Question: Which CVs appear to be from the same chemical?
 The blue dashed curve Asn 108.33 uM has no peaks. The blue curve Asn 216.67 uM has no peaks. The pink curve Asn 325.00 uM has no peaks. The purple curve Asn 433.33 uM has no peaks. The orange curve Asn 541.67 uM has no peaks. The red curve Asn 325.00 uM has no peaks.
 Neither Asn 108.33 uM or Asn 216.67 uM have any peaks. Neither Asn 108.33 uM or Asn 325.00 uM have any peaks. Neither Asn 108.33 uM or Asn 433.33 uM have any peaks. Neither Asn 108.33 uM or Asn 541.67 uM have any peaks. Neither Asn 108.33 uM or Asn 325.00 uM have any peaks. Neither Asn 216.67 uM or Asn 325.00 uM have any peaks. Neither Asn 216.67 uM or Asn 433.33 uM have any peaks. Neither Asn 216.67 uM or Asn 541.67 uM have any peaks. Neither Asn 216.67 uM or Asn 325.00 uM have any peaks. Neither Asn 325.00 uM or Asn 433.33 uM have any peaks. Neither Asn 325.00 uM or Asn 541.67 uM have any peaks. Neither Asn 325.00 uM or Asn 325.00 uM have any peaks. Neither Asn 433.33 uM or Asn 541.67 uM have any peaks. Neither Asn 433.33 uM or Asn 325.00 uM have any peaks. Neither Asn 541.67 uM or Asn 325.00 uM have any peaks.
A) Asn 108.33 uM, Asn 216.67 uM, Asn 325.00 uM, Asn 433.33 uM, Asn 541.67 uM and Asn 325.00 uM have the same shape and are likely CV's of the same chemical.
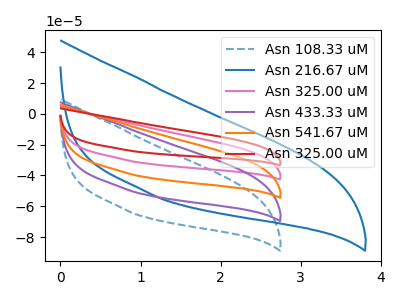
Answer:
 <answer>A) "Asn 108.33 uM", "Asn 216.67 uM", "Asn 325.00 uM", "Asn 433.33 uM", "Asn 541.67 uM" and "Asn 325.00 uM" have the same shape and are likely CV's of the same chemical.</answer>
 <eval>A</eval>